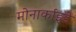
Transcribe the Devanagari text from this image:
मोनार्काइडे